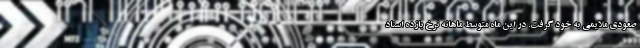
صعودی ملایمی به خود گرفت. در این ماه متوسط ماهانه نرخ بازده اسناد